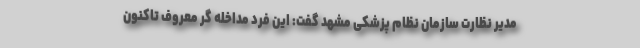
مدیر نظارت سازمان نظام پزشکی مشهد گفت: این فرد مداخله گر معروف تاکنون